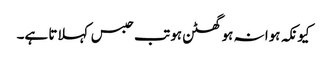
کیونکہ ہوا نہ ہو گھٹن ہو تب حبس کہلاتا ہے۔